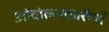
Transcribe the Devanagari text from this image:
आंदोलनकारीयाँ